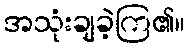
အသုံးချခဲ့ကြ၏။